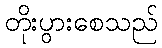
တိုးပွားစေသည်